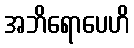
အဘိရောပေဟိ